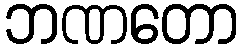
ဘဏတော